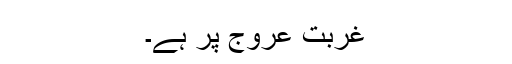
غربت عروج پر ہے۔